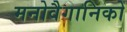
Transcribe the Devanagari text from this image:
मनोवैगानिकों